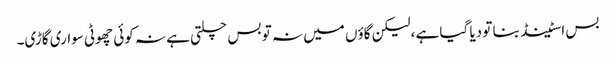
بس اسٹینڈ بنا تو دیا گیا ہے ،لیکن گاؤں میں نہ تو بس چلتی ہے نہ کوئی چھوٹی سواری گاڑی۔